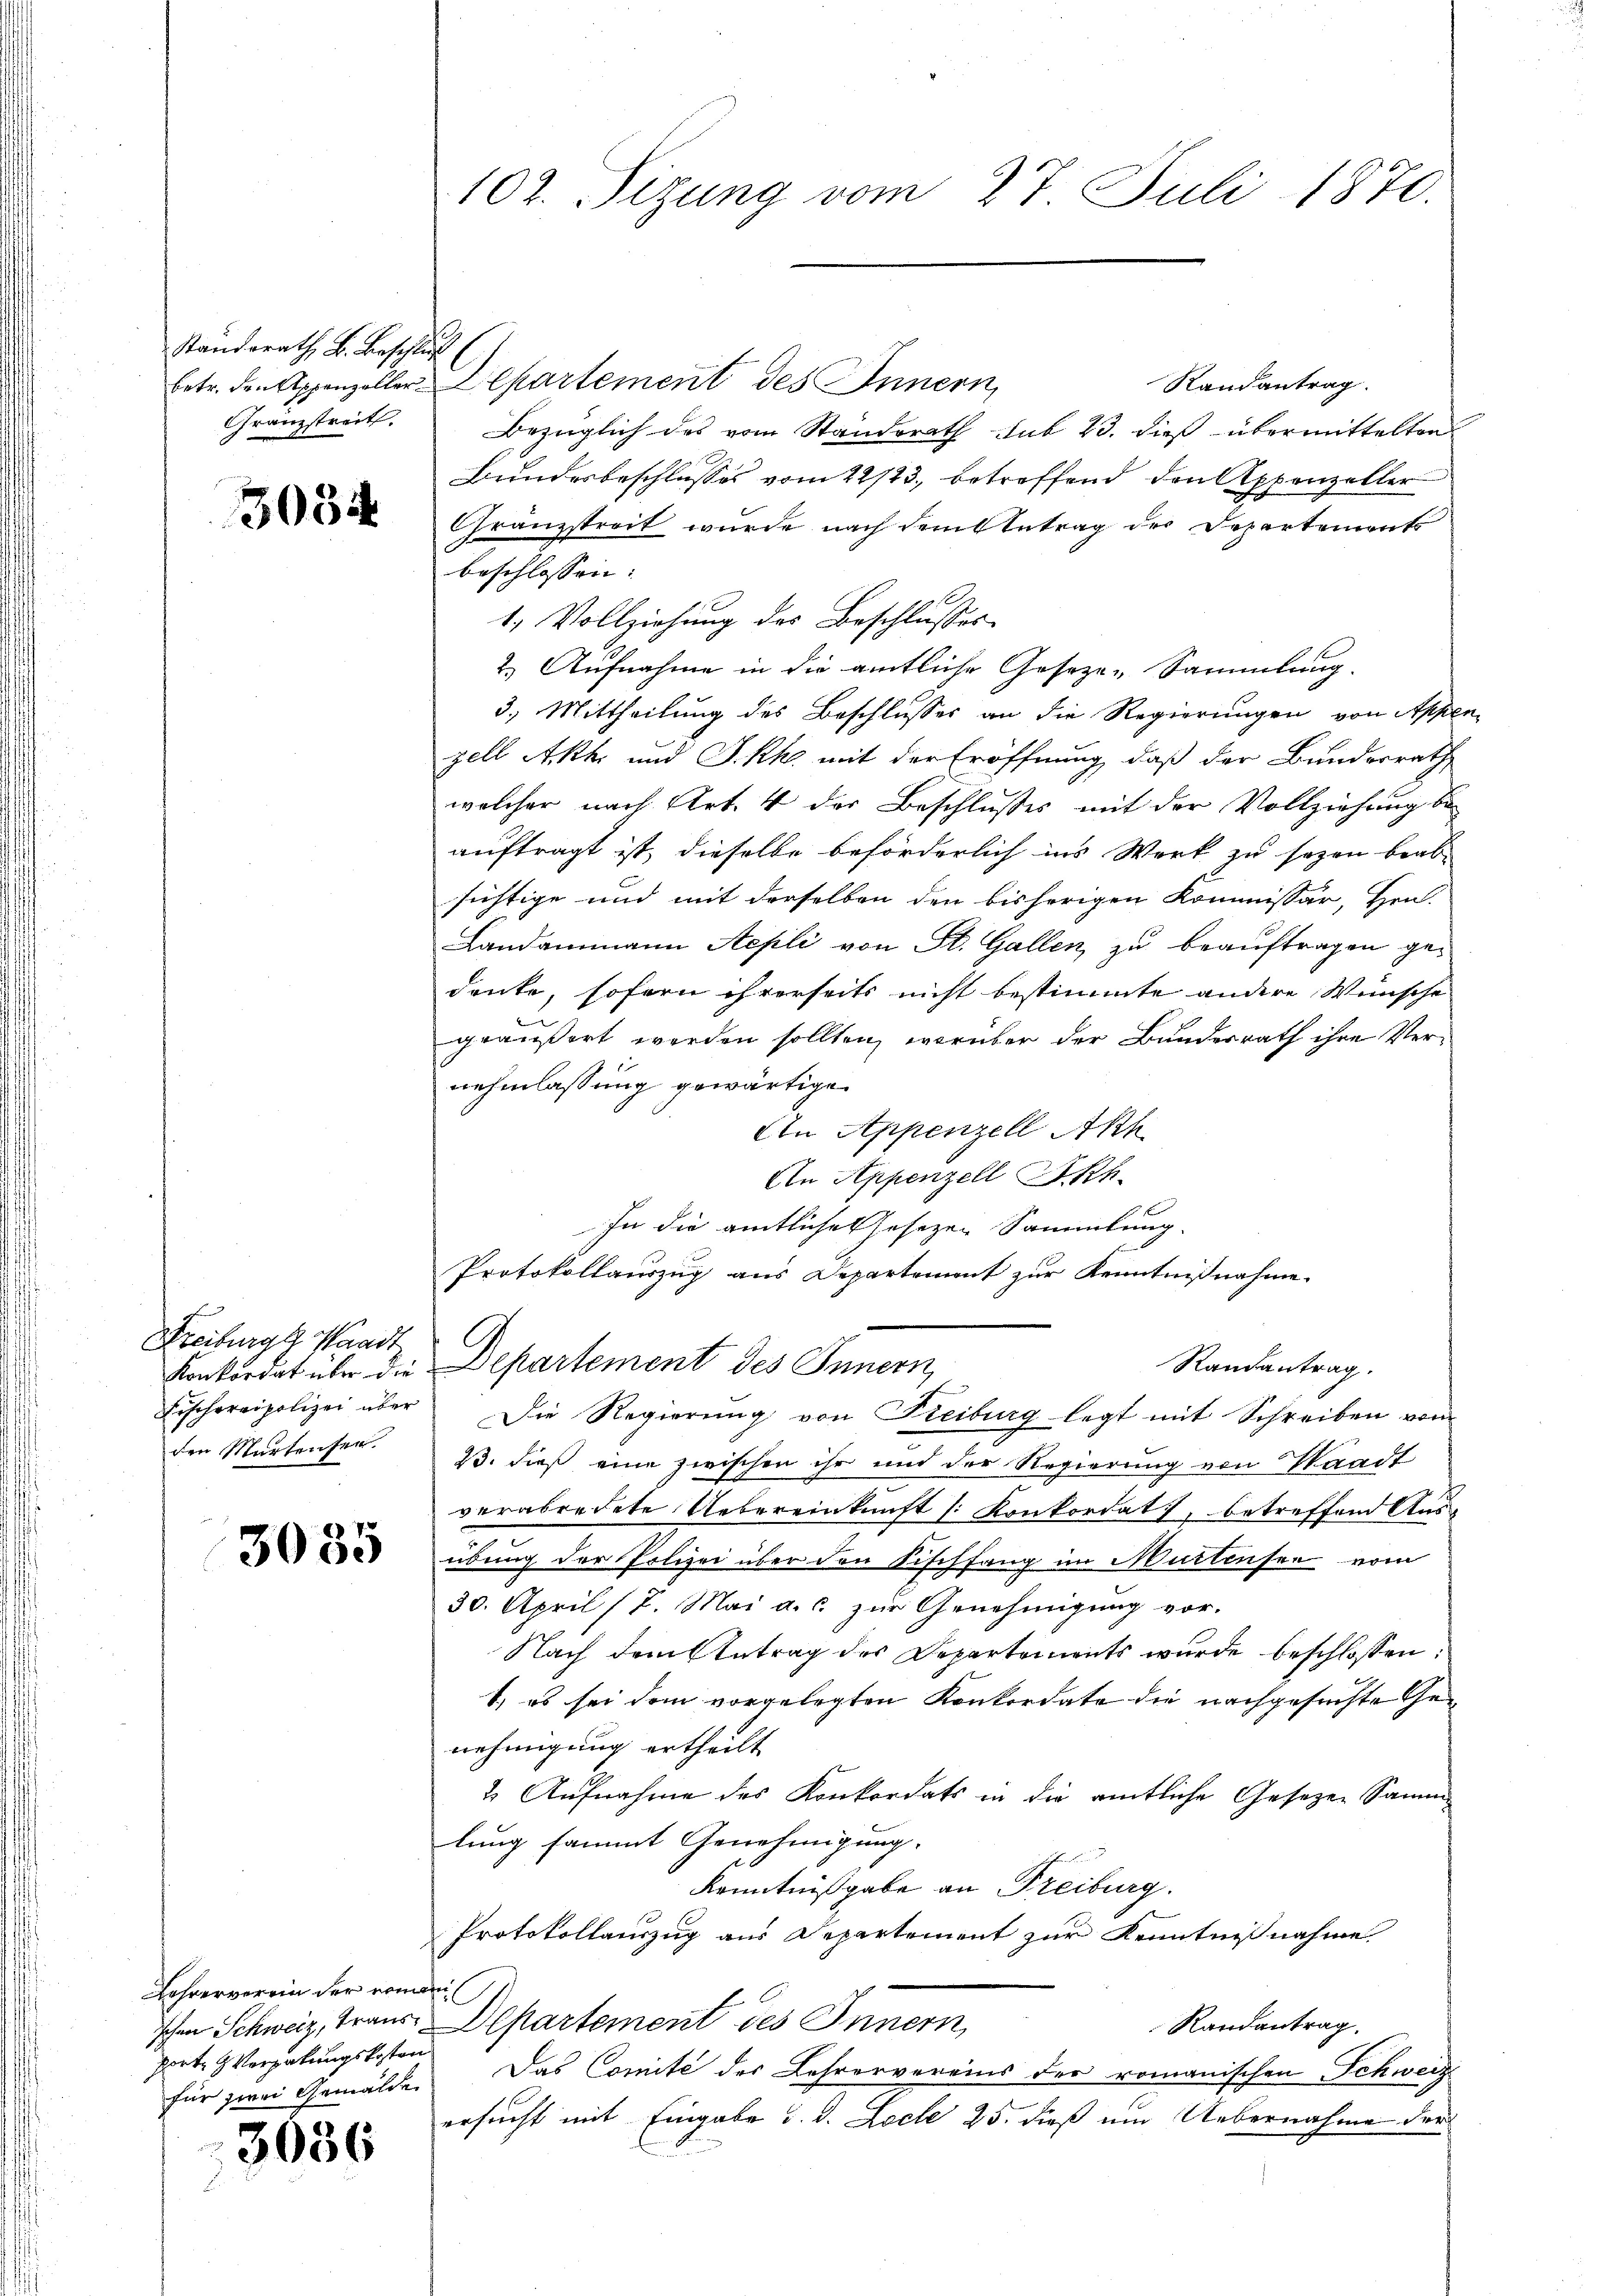
Standsrath B. Beschluß
Granzstreit,

3034

Freiburg, Waadt
Konkordat über die
Fischereipolizei über
den Murtensee.

3035

Lehrerverein der ein
Jchen Schweiz, Traus
porte Vergabungskosten
für zwei Gemälde

3036

102. Sizung vom 27. Juli 1870.

Randantrag.
betr. den Appenzeller Departement des Innern,
Bezüglich des vom Standsrath sub 23. dieß übermittelten
Bundesbeschlusses vom 22/23. betreffend den Appenzeller
Granzstreit wurde nach dem Antrag der Departements
beschlossen:
1. Vollziehung des Beschlusses
2.) Aufnahme in die amtliche Geseze-Sammlung.
3.) Mittheilung des Beschlusses an die Regierungen von Appe
zell Akh. und J. kk. mit der Eröffnung, daß der Bundesrath
welcher nach Art. 4 der Beschlusses mit der Vollziehung be-
auftragt ist, dieselbe beförderlich ins Werk zu sezen beabsichtige und mit derselben den bisherigen Kommissär, Hrn.
Landammann Aepli von St. Gallen, zu beauftragen gedeute, sofern ihrerseits nicht bestimmte andere Wünsche
den we
geäußert werden sollten, worüber der Bundesrath ihre Vernehmlassung gewärtige.
An Appenzell Akh
An Appenzell Seh
In die amtliche Hosezen Sammlung.
Protokollauszug aus Departement zur Kenntnißnahme.
Departement des Innern
Randantrag.
Die Regierung von Freiburg legt mit Schreiben vom
1. dieß eine zwischen ihr und der Regierung von Staadt
verabredete Uebereinkunft (Konkordat, betreffend Aus-
übung der Polizei über den Fischfang im Muttensee vom
30. April (T. Mai a.c. zŭr Genehmigŭng vor.
Nach dem Antrag des Departements wurde beschlossen:
1) es sei dem vorgelegten Konkordate die nachgesuchte Genehmigung ertheilt
2. Aufnahme des Konkordats in die amtliche Gesezen Sammlung sammt Genehmigung.
Kenntnißgabe an Freiburg.
Protokollauszug aus Departement zur Kenntnißnahme
il
Departement des Innern,
Randantrag.
Das Comité des Lehrervereins der romanischen Schweiz
ersucht mit Eingabe d. d. Loche 25. dieß um Uebernahme der